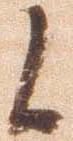
候